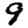
Digit: 9